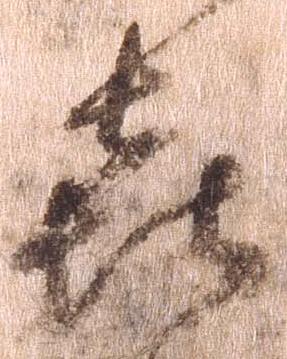
喜